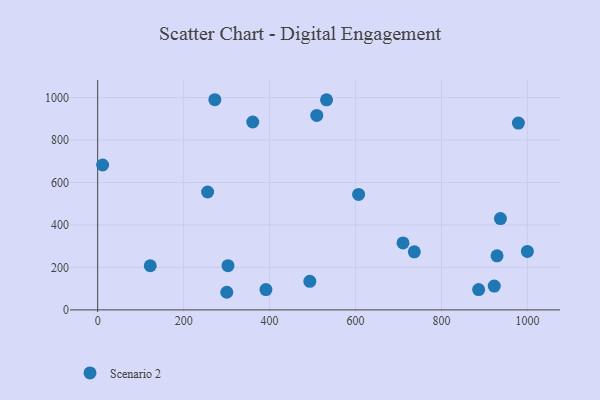
{"axis": {"x": "Price", "y": "Yield"}, "legend": ["Scenario 2"], "data": [{"x": "710.4", "y": 315.6, "type": "Scenario 2"}, {"x": "922.7", "y": 112.1, "type": "Scenario 2"}, {"x": "978.9", "y": 879.8, "type": "Scenario 2"}, {"x": "736.7", "y": 273.3, "type": "Scenario 2"}, {"x": "272.6", "y": 989.9, "type": "Scenario 2"}, {"x": "493.6", "y": 134.6, "type": "Scenario 2"}, {"x": "999.8", "y": 275.5, "type": "Scenario 2"}, {"x": "532.5", "y": 989.5, "type": "Scenario 2"}, {"x": "886.4", "y": 95.6, "type": "Scenario 2"}, {"x": "509.8", "y": 916.0, "type": "Scenario 2"}, {"x": "937.1", "y": 429.9, "type": "Scenario 2"}, {"x": "300.4", "y": 83.0, "type": "Scenario 2"}, {"x": "303.2", "y": 208.1, "type": "Scenario 2"}, {"x": "255.8", "y": 555.4, "type": "Scenario 2"}, {"x": "607.1", "y": 543.7, "type": "Scenario 2"}, {"x": "11.5", "y": 682.5, "type": "Scenario 2"}, {"x": "929.2", "y": 254.6, "type": "Scenario 2"}, {"x": "360.8", "y": 884.9, "type": "Scenario 2"}, {"x": "122.3", "y": 207.9, "type": "Scenario 2"}, {"x": "391.5", "y": 95.8, "type": "Scenario 2"}]}